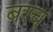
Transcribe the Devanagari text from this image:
बरच